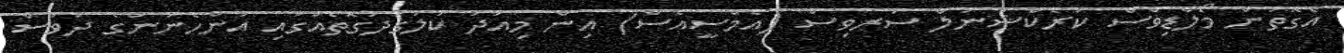
އެގޮތުން މޯލްޑިވްސް ކަރެކްޝަނަލް ސަރވިސް (އެމްސީއެސް) އިން މިއަދު ކުލަގަދަގޮތެއްގައި އަންހެނުންގެ ދުވަސް